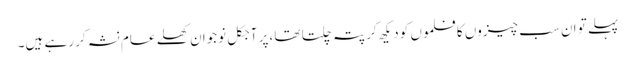
پہلے تو ان سب چیزوں کا فلموں کو دیکھ کر پتہ چلتا تھا ،پر آجکل نوجوان کھلے عام نشہ کر رہے ہیں۔